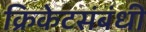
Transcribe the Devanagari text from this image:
क्रिकेटसंबंधी